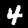
Label: 4